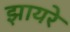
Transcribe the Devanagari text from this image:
झायरे